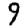
Digit: 9